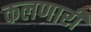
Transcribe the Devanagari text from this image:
कलणारी